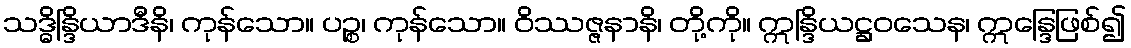
သဒ္ဓိန္ဒြိယာဒီနိ၊ ကုန်သော။ ပဉ္စ၊ ကုန်သော။ ဝိဿဇ္ဇနာနိ၊ တို့ကို။ ဣန္ဒြိယဋ္ဌဝသေန၊ ဣန္ဒြေဖြစ်၍